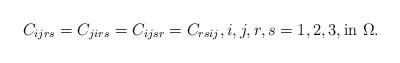
LaTeX: \begin{align*} C_{ijrs}=C_{jirs}= C_{ijsr}=C_{rsij}, i,j,r,s= 1,2,3, \hbox{in } \Omega.\end{align*}